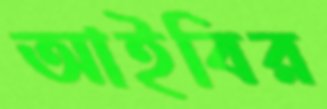
আইবির